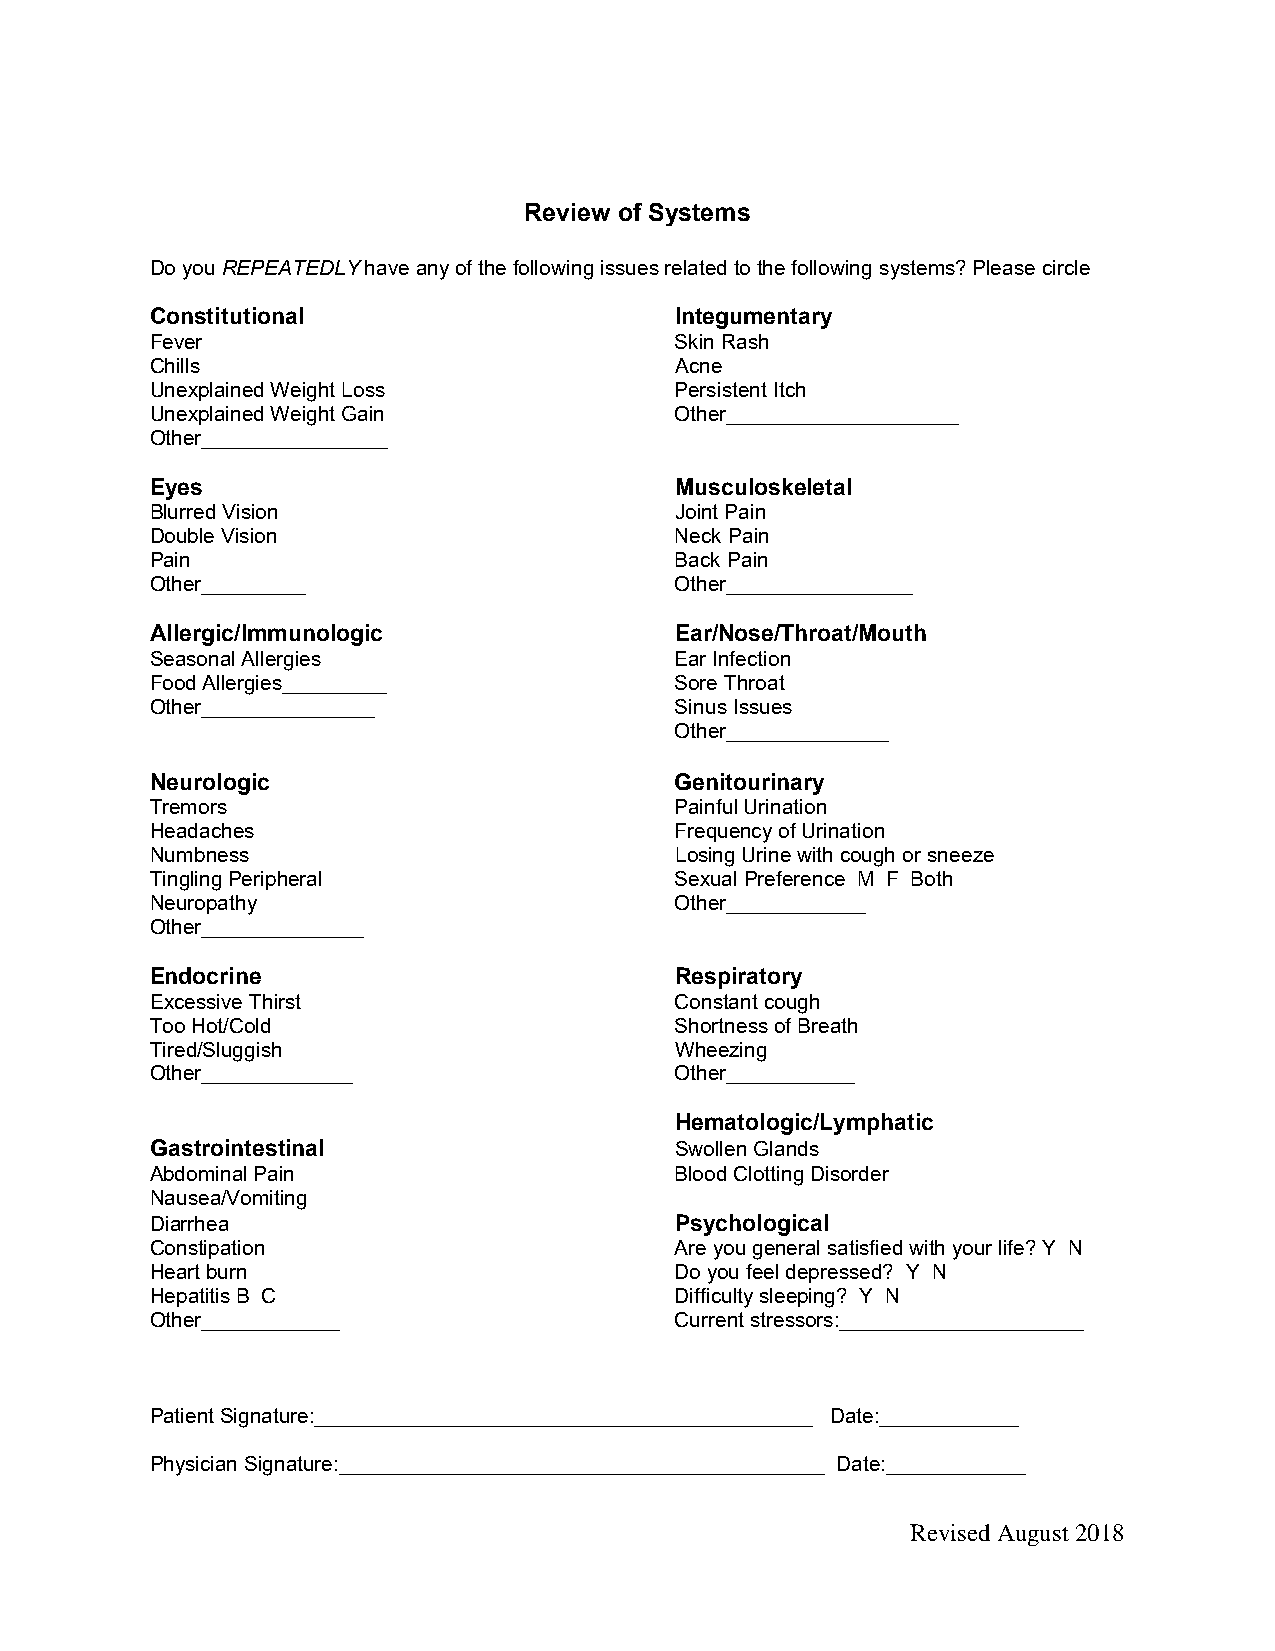
Review of Systems
 Do you REPEATEDLY have any of the following issues related to the following systems? Please circle
 Constitutional                     Integumentary
 Fever                              Skin Rash
 Chills                             Acne
 Unexplained Weight Loss            Persistent Itch
 Unexplained Weight Gain            Other____________________
 Other________________
 Eyes                               Musculoskeletal
 Blurred Vision                     Joint Pain
 Double Vision                      Neck Pain
 Pain                               Back Pain
 Other_________                     Other________________
 Allergic/Immunologic               Ear/Nose/Throat/Mouth
 Seasonal Allergies                 Ear Infection
 Food Allergies_________            Sore Throat
 Other_______________               Sinus Issues
 Other______________
 Neurologic                         Genitourinary
 Tremors                            Painful Urination
 Headaches                          Frequency of Urination
 Numbness                           Losing Urine with cough or sneeze
 Tingling Peripheral                Sexual Preference M F Both
 Neuropathy                         Other____________
 Other______________
 Endocrine                          Respiratory
 Excessive Thirst                   Constant cough
 Too Hot/Cold                       Shortness of Breath
 Tired/Sluggish                     Wheezing
 Other_____________                 Other___________
 Hematologic/Lymphatic
 Gastrointestinal                   Swollen Glands
 Abdominal Pain                     Blood Clotting Disorder
 Nausea/Vomiting
 Diarrhea                           Psychological
 Constipation                       Are you general satisfied with your life? Y N
 Heart burn                         Do you feel depressed? Y N
 Hepatitis B C                      Difficulty sleeping? Y N
 Other____________                  Current stressors:_____________________
 Patient Signature:___________________________________________ Date:____________
 Physician Signature:__________________________________________ Date:____________
 Revised August 2018